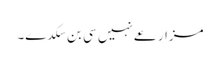
مزارعے نہیں سی بن سکدے۔